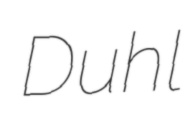
Duhl